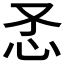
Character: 𰑀